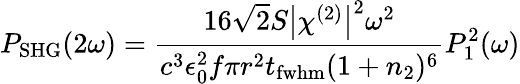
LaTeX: P_{\mathrm{SHG}}(2\omega)=\frac{16\sqrt{2}S\big|\chi^{(2)}\big|^{2}\omega^{2}}{c^{3}\epsilon_{0}^{2}f\pi r^{2}t_{\mathrm{fwhm}}(1+n_{2})^{6}}P_{1}^{2}(\omega)